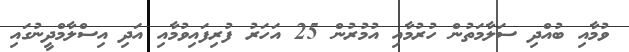
ވުމާއި ބުއްދި ސަލާމަތުން ހުރުމާއި އުމުރުން 25 އަހަރު ފުރިފައިވުމާއި އަދި އިސްލާމްދީނުގައި